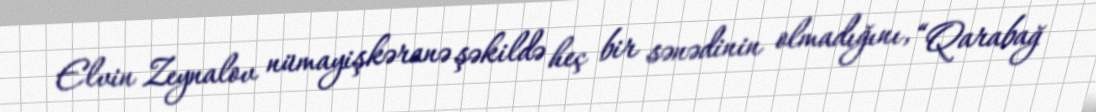
Elvin Zeynalov nümayişkəranə şəkildə heç bir sənədinin olmadığını, “Qarabağ